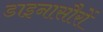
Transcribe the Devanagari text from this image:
डाइनासौरों